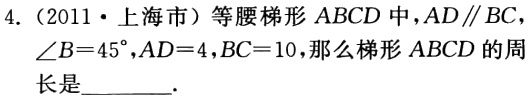
4.（2011·上海市）等腰梯形\(ABCD\)中，\(AD\parallel BC\)，\(\angle B = 45^{\circ}\)，\(AD = 4\)，\(BC = 10\)，那么梯形\(ABCD\)的周长是______.